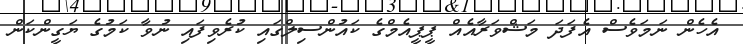
އެހެން ނަމަވެސް އެފަދަ މަޝްވަރާއެއް ޕީޕީއެމްގެ ކައުންސިލްގައި ކުރެވިފައި ނުވާ ކަމުގެ ޔަގީންކަން